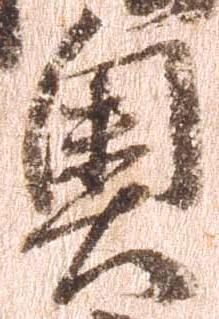
奥